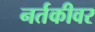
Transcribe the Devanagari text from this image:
नर्तकीवर